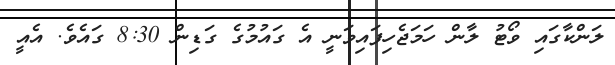
ލަންކާގައި ވޯޓު ލާން ހަމަޖެހިފައިވަނީ އެ ގައުމުގެ ގަޑިން 8:30 ގައެވެ. އެއީ